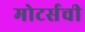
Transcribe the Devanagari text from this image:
मोटर्सची